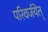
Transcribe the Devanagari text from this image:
परिवर्जयेत्